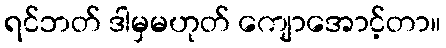
ရင်ဘတ် ဒါမှမဟုတ် ကျောအောင့်တာ။